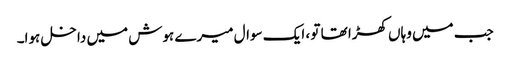
جب میں وہاں کھڑا تھا تو ، ایک سوال میرے ہوش میں داخل ہوا۔